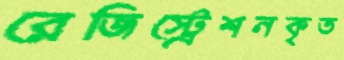
রেজিস্ট্রেশনকৃত